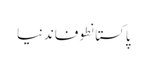
پاکستانطوفاندنیا